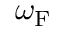
\omega _ { \mathrm { { F } } }